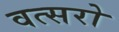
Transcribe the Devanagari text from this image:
वत्सरो